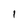
Character: 1